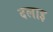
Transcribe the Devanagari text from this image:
दलाइ